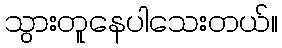
သွားတူနေပါသေးတယ်။